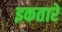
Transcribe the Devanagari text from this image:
इकतारे